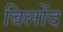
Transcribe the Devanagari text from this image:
बिलोंद